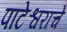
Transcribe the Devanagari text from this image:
पाटेश्वराचे